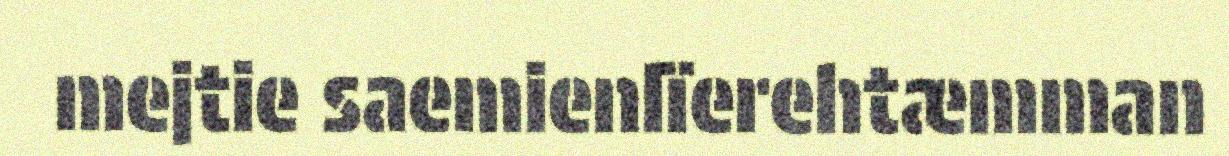
mejtie saemienlïerehtæmman